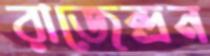
রাজেন্দ্রন